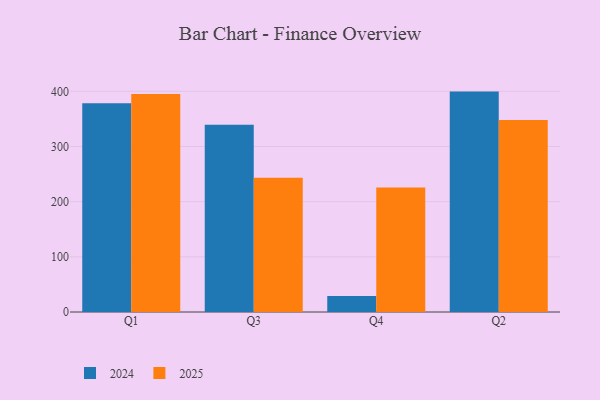
{"axis": {"x": "Quarter", "y": "Temperature (°C)"}, "legend": ["2024", "2025"], "data": [{"x": "Q1", "y": 395.1, "type": "2025"}, {"x": "Q1", "y": 378.4, "type": "2024"}, {"x": "Q3", "y": 243.3, "type": "2025"}, {"x": "Q3", "y": 339.6, "type": "2024"}, {"x": "Q4", "y": 225.6, "type": "2025"}, {"x": "Q4", "y": 28.9, "type": "2024"}, {"x": "Q2", "y": 348.2, "type": "2025"}, {"x": "Q2", "y": 399.5, "type": "2024"}]}